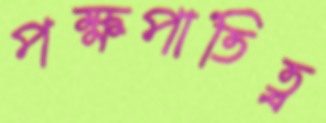
পক্ষপাতিত্ব